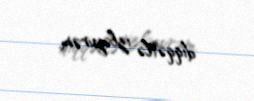
diqqətlə izləyirəm.